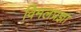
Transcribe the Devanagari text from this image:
विमलप्रज्ञा